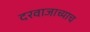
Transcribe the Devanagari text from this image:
दरवाजाच्याच